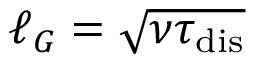
{ \ell _ { G } = \sqrt { \nu \tau _ { \mathrm { d i s } } } }